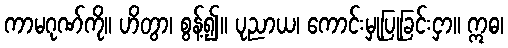
ကာမဂုဏ်ကို။ ဟိတွာ၊ စွန့်၍။ ပုညာယ၊ ကောင်းမှုပြုခြင်းငှာ။ ဣဓ၊